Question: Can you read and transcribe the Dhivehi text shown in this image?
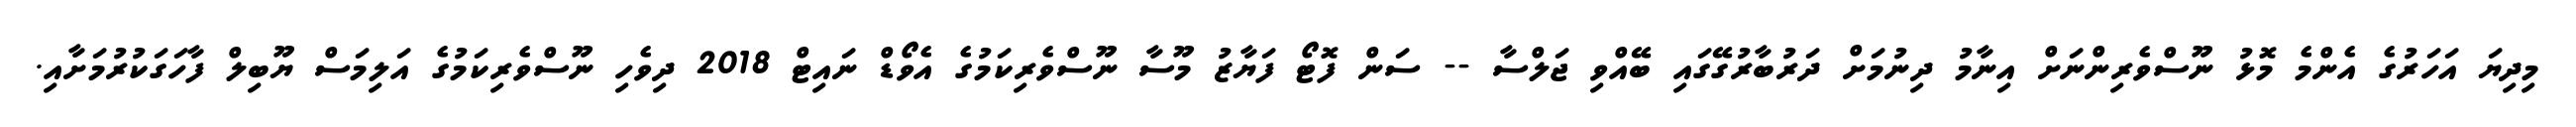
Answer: މިދިޔަ އަހަރުގެ އެންމެ މޮޅު ނޫސްވެރިންނަށް އިނާމު ދިނުމަށް ދަރުބާރުގޭގައި ބޭއްވި ޖަލްސާ -- ސަން ފޮޓޯ ފަޔާޒު މޫސާ ނޫސްވެރިކަމުގެ އެވޯޑް ނައިޓް 2018 ދިވެހި ނޫސްވެރިކަމުގެ އަލިމަސް ޔޫބިލް ފާހަގަކުރުމަށާއި.